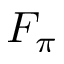
F _ { \pi }